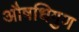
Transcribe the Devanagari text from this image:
औषधिगुण